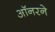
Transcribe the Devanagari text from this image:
ऑनरने